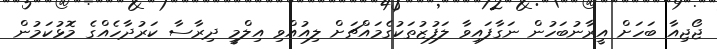
ޖޯޖިއާ ބަހަށް އީރާނުބަހުން ނަގާފައިވާ ލަފުޒުތަކުގެމައްޗަށް ލިއުއްވި އިލްމީ ދިރާސާ ކަރުދާހެއްގެ މޮޅުކަމުން